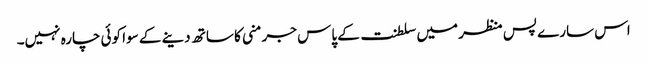
اس سارے پس منظر میں سلطنت کے پاس جرمنی کا ساتھ دینے کے سوا کوئی چارہ نہیں۔